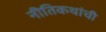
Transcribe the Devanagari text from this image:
नीतिकथांची